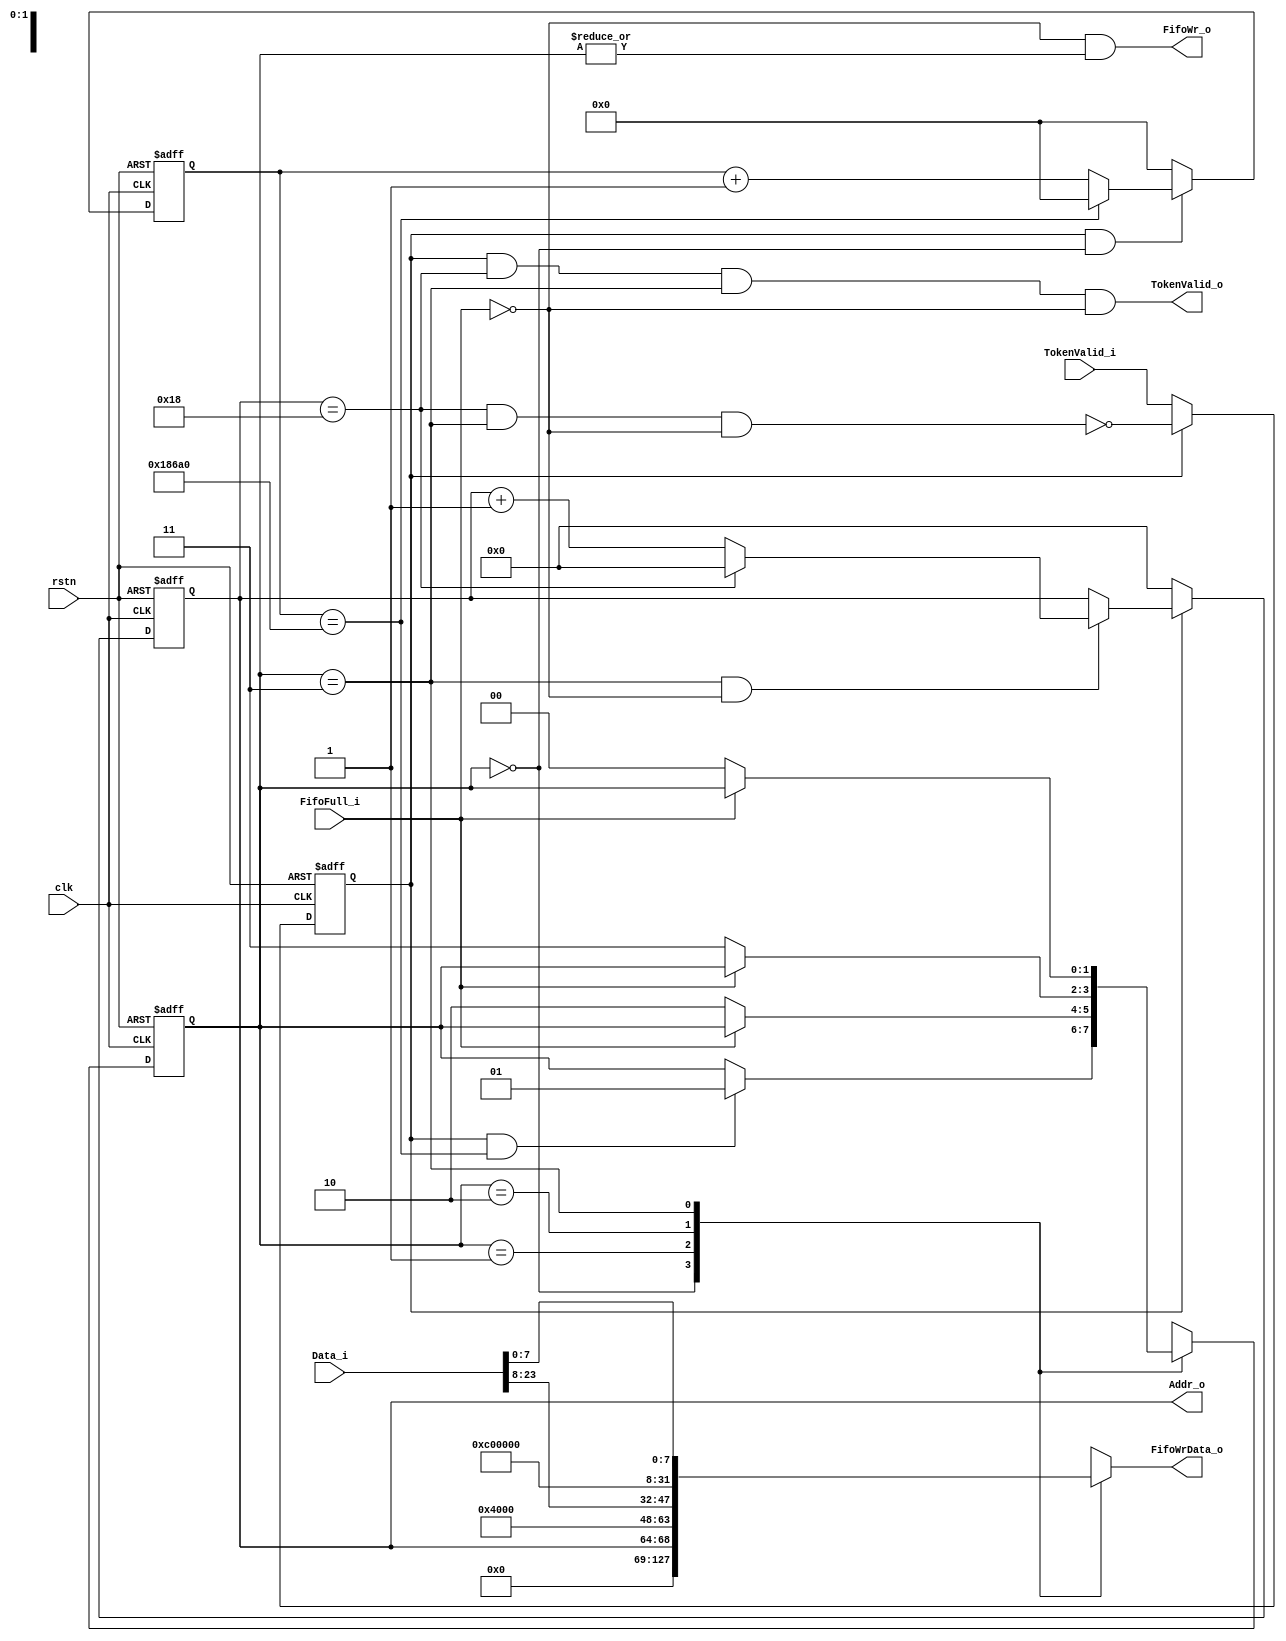
module  LogicNI #(
    parameter                       ID          =   5'b00,
    parameter                       NumOsc      =   25,
    parameter                       SimPresent  =   0 
)   (
    input   wire                    clk,
    input   wire                    rstn,

    output  wire    [4:0]           Addr_o,
    input   wire    [23:0]          Data_i,

    input   wire                    TokenValid_i,
    output  wire                    TokenValid_o,

    input   wire                    FifoFull_i,
    output  wire                    FifoWr_o,
    output  reg     [31:0]          FifoWrData_o
);

localparam  IDLE    =   2'b00;
localparam  HEAD    =   2'b01;
localparam  BODY    =   2'b10;
localparam  TAIL    =   2'b11;

reg     [1:0]   StateCr = IDLE;
reg     [1:0]   StateNxt;

always@(posedge clk or negedge rstn) begin
    if(~rstn)
        StateCr <=  IDLE;
    else
        StateCr <=  StateNxt;
end

reg     [26:0]  Slack = 27'b0;
reg     [4:0]   Osc = 5'b0;

wire    OscDone;
wire    SlackDone;


assign  OscDone     =   Osc == NumOsc - 1;

generate
    if(SimPresent) begin : SlackSim
        assign  SlackDone   =   Slack   ==  27'd10;
    end else begin : SlackSyn
        assign  SlackDone   =   Slack   ==  27'd100_000;
    end
endgenerate

reg     State   =   0;


always@(posedge clk or negedge rstn) begin
    if(~rstn)
        State   <=  1'b0;
    else if(~State)
        State   <=  TokenValid_i;
    else
        State   <=  ~(OscDone & (StateCr == TAIL) & ~FifoFull_i);
end

always@(*) begin
    case(StateCr)
        IDLE : begin
            if(State & SlackDone)
                StateNxt    =   HEAD;
            else
                StateNxt    =   StateCr;
        end HEAD : begin
            if(~FifoFull_i)
                StateNxt    =   BODY;
            else
                StateNxt    =   StateCr;
        end BODY : begin
            if(~FifoFull_i)
                StateNxt    =   TAIL;
            else
                StateNxt    =   StateCr;
        end TAIL : begin
            if(~FifoFull_i)
                StateNxt    =   IDLE;
            else
                StateNxt    =   StateCr;
        end default : begin
            StateNxt    =   IDLE;
        end
    endcase
end

always@(posedge clk or negedge rstn) begin
    if(~rstn) begin
        Slack   <=  25'b0;
    end else if(State & (StateCr == IDLE)) begin
        if(SlackDone) begin
            Slack   <=  25'b0;
        end else begin
            Slack   <=  Slack + 1'b1;
        end
    end else begin
        Slack   <=  25'b0;
    end
end

always@(posedge clk or negedge rstn) begin
    if(~rstn) begin
        Osc     <=  5'b0;
    end else if(State) begin
        if((StateCr == TAIL) & ~FifoFull_i) begin
            if(OscDone) begin
                Osc <=  5'b0;
            end else begin
                Osc <=  Osc + 1'b1;
            end
        end
    end else begin
        Osc <= 5'b0;
    end
end

assign  FifoWr_o    =   ~FifoFull_i &   |StateCr;

always@(*) begin
    case(StateCr)
        IDLE    :   
            FifoWrData_o    =   32'b0;
        HEAD    :
            FifoWrData_o    =   {2'b00,1'b0,19'b0,ID,Osc};
        BODY    :
            FifoWrData_o    =   {2'b01,14'b0,Data_i[23:8]};
        TAIL    :
            FifoWrData_o    =   {2'b11,22'b0,Data_i[7:0]};
        default :
            FifoWrData_o    =   32'b0;
    endcase
end

assign  TokenValid_o    =   State & OscDone & (StateCr == TAIL) & ~FifoFull_i;

assign  Addr_o  =   Osc;

endmodule